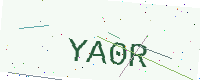
Text: YA0R